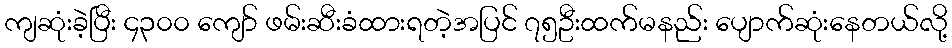
ကျဆုံးခဲ့ပြီး ၄၃၀၀ ကျော် ဖမ်းဆီးခံထားရတဲ့အပြင် ၇၅ဦးထက်မနည်း ပျောက်ဆုံးနေတယ်လို့